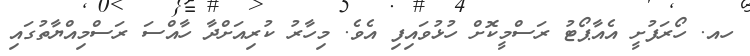
ހއ. ހޯރަފުށީ އެއާޕޯޓު ރަސްމީކޮށް ހުޅުވައިފި އެވެ. މިހާރު ކުރިއަށްދާ ހާއްސަ ރަސްމިއްޔާތުގައި